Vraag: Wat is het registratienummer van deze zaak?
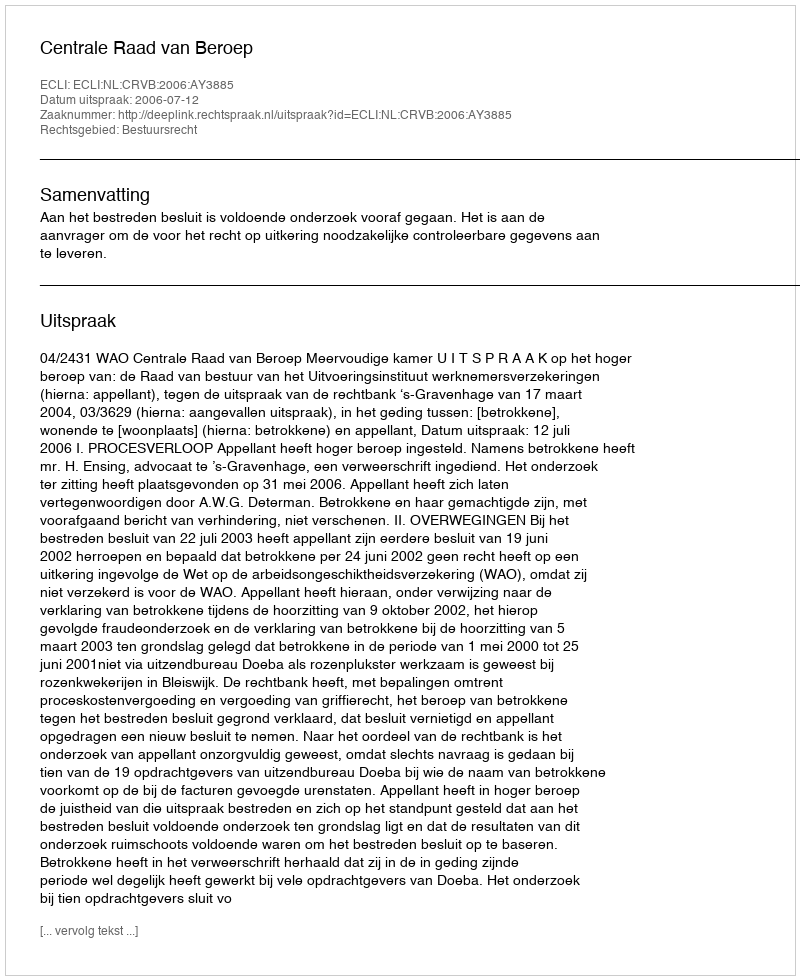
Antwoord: http://deeplink.rechtspraak.nl/uitspraak?id=ECLI:NL:CRVB:2006:AY3885